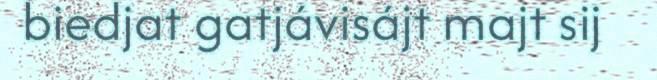
biedjat gatjávisájt majt sij